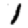
Digit: 1